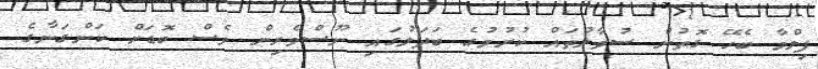
ފިލްމާ ބެހޭ ގޮތުން ސުވާލުތައް ކުރުމުގެ ބަދަލުގައި ނޫސްވެރިން ވެސް ބޮޑަށް ކަންގަނާގެ